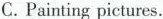
C. Painting pictures.